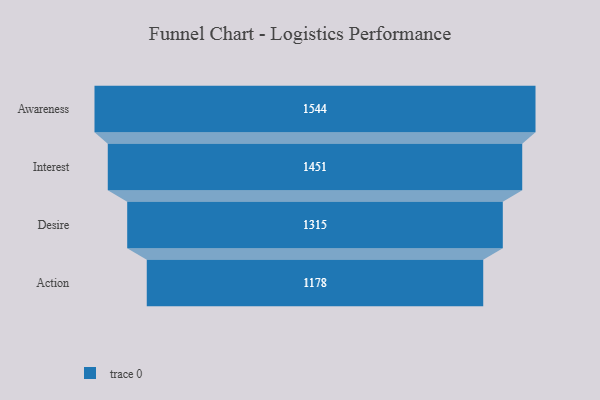
{"axis": {"x": "Stage", "y": "Value"}, "legend": [""], "data": [{"x": "Awareness", "y": 1544.0, "type": ""}, {"x": "Interest", "y": 1451.0, "type": ""}, {"x": "Desire", "y": 1315.0, "type": ""}, {"x": "Action", "y": 1178.0, "type": ""}]}